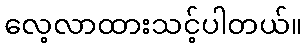
လေ့လာထားသင့်ပါတယ်။